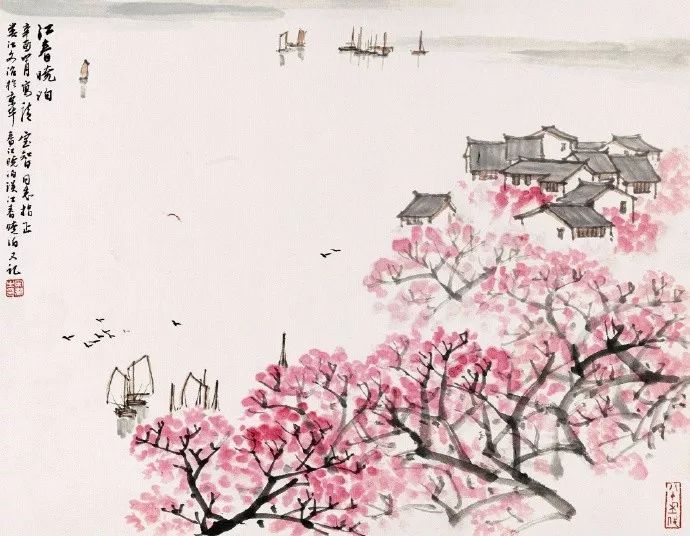
春日游，杏花吹满头。